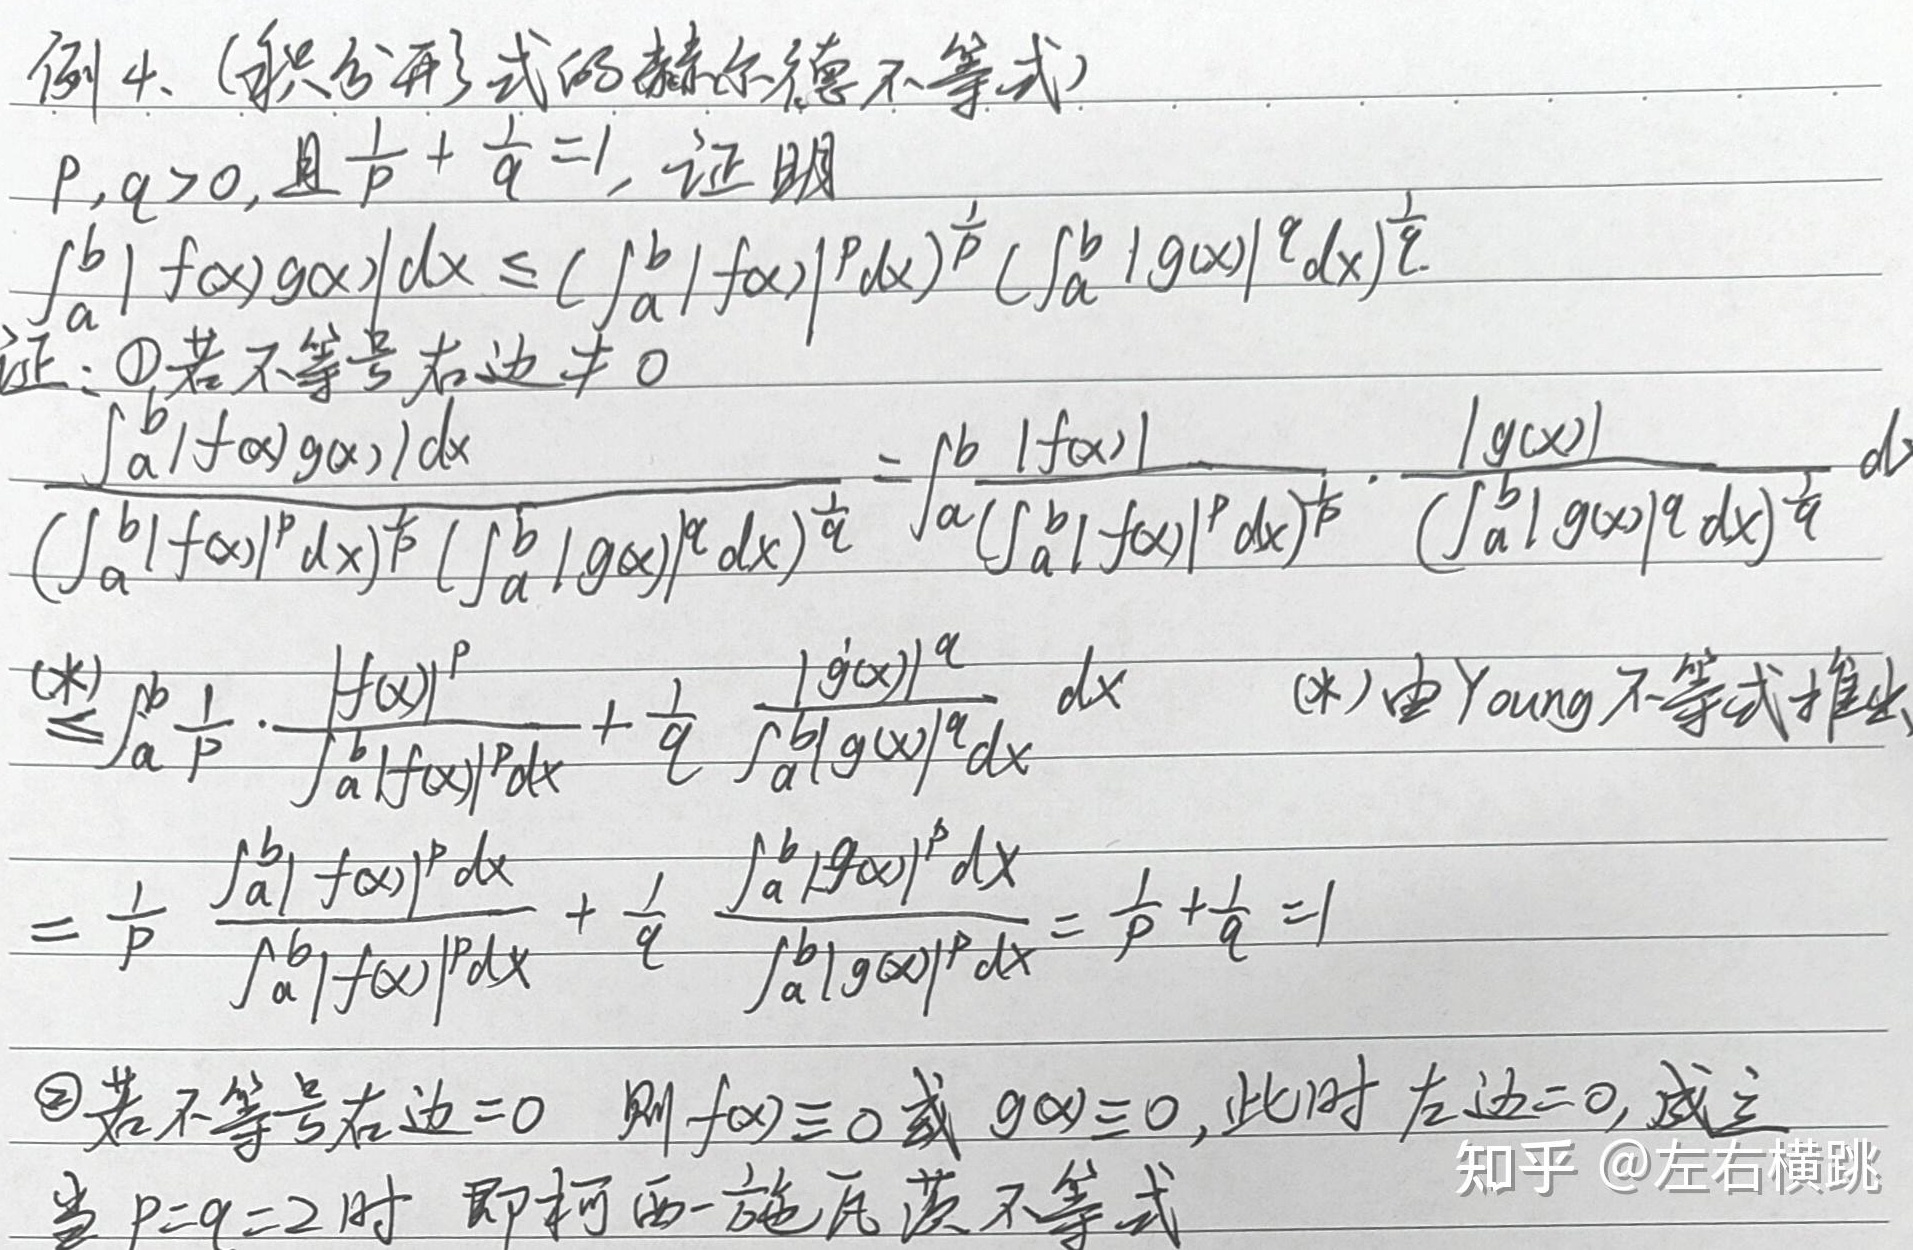
例4.（积分形式的赫尔德不等式）：\(p,q>0\)，且 \(\frac{1}{p}+\frac{1}{q}=1\)，证明：
\(\int_{a}^{b}|f(x)g(x)|dx\leq\left(\int_{a}^{b}|f(x)|^{p}dx\right)^{\frac{1}{p}}\left(\int_{a}^{b}|g(x)|^{q}dx\right)^{\frac{1}{q}}\)

证：
\textcircled{1}若不等号右边 \(\neq0\)，
\(\frac{\int_{a}^{b}|f(x)g(x)|dx}{\left(\int_{a}^{b}|f(x)|^{p}dx\right)^{\frac{1}{p}}\left(\int_{a}^{b}|g(x)|^{q}dx\right)^{\frac{1}{q}}}=\int_{a}^{b}\frac{|f(x)|}{\left(\int_{a}^{b}|f(x)|^{p}dx\right)^{\frac{1}{p}}}\cdot\frac{|g(x)|}{\left(\int_{a}^{b}|g(x)|^{q}dx\right)^{\frac{1}{q}}}dx\)
\(\leq\int_{a}^{b}\left(\frac{1}{p}\cdot\frac{|f(x)|^{p}}{\int_{a}^{b}|f(x)|^{p}dx}+\frac{1}{q}\cdot\frac{|g(x)|^{q}}{\int_{a}^{b}|g(x)|^{q}dx}\right)dx\)  （\((*)\)由Young不等式推出）
\(=\frac{1}{p}\cdot\frac{\int_{a}^{b}|f(x)|^{p}dx}{\int_{a}^{b}|f(x)|^{p}dx}+\frac{1}{q}\cdot\frac{\int_{a}^{b}|g(x)|^{q}dx}{\int_{a}^{b}|g(x)|^{q}dx}=\frac{1}{p}+\frac{1}{q}=1\)

\textcircled{2}若不等号右边 \( = 0\)，则 \(f(x)\equiv0\) 或 \(g(x)\equiv0\)，此时左边 \( = 0\)，成立。

当 \(p = q = 2\) 时，即柯西 - 施瓦茨不等式。